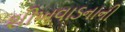
શીખવાડનાની